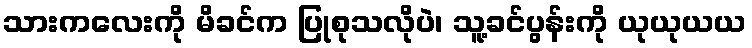
သားကလေးကို မိခင်က ပြုစုသလိုပဲ၊ သူ့ခင်ပွန်းကို ယုယုယယ